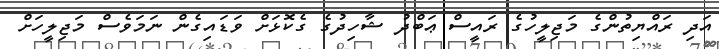
އަދި ރައްޔިތުންގެ މަޖިލީހުގެ ރައީސް ޢަބްދު ޝާހިދުގެ ގެކޮޅަށް ވަޑައިގެން ނަމަވެސް މަޖިލީހަށް